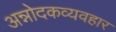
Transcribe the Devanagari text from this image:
अन्नोदकव्यवहार